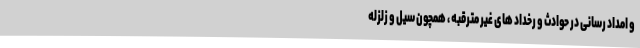
و امداد رسانی در حوادث و رخداد های غیر مترقبه ، همچون سیل و زلزله